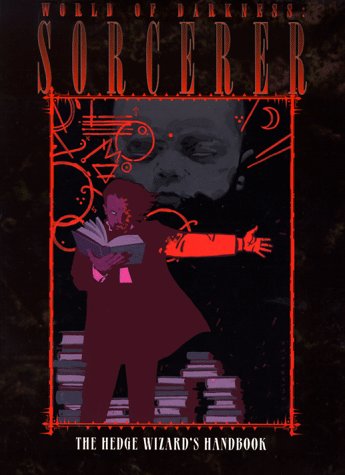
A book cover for Sorcerer: The Hedge Wizard's Handbook (World of Darkness); Phil Brucato; Science Fiction & Fantasy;